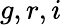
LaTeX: g,r,i